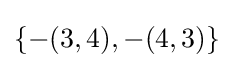
\textstyle \{-(3,4),-(4,3)\}